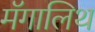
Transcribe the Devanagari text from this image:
मॅगालिथ